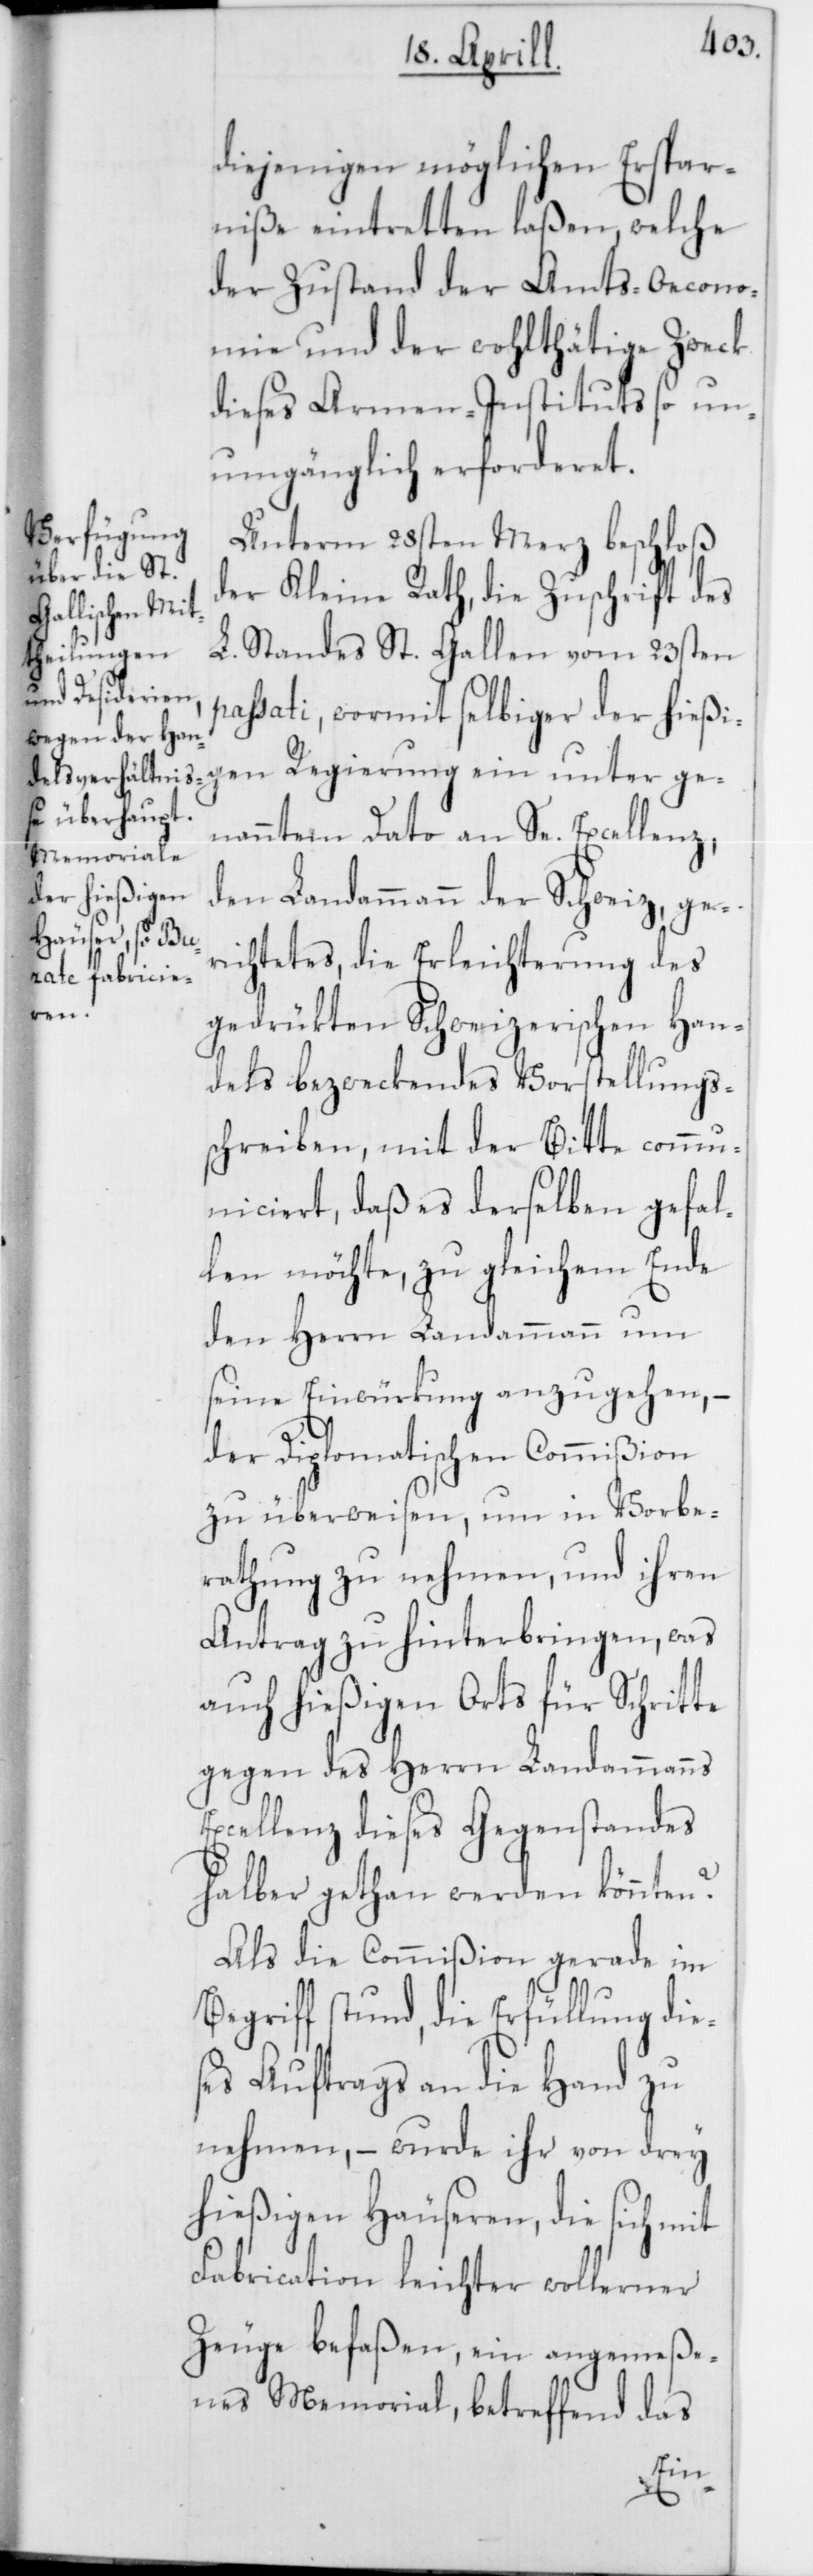
diejenigen möglichen Erspar¬
niße eintretten laßen, welche
der Zustand der Amts-Oecono¬
mie und der wohlthätige Zweck
dieses Armen-Instituts so un¬
umgänglich erforderet.
Unterm 28sten Merz beschloß
der Kleine Rath, die Zuschrift des
L. Standes St. Gallen vom 23sten
passati, wormit selbiger der hießi¬
gen Regierung ein unter ge¬
nanntem Dato an Se. Excellenz,
den Landammann der Schweiz, ge¬
richtetes, die Erleichterung des
gedrükten Schweizerischen Han¬
dels bezweckendes Vorstellungs¬
schreiben, mit der Bitte commu¬
niciert, daß es derselben gefal¬
len möchte, zu gleichem Ende
den Herrn Landammann um
seine Einwürkung anzugehen, –
der Diplomatischen Commißion
zu überweisen, um in Vorbe¬
rathung zu nehmen, und ihren
Antrag zu hinterbringen, was
auch hießigen Orts für Schritte
gegen des Herren Landammanns
Excellenz dieses Gegenstandes
halber gethan werden könnten?
Als die Commißion gerade im
Begriff stund, die Erfüllung dies¬
es Auftrags an die Hand zu
nehmen, – wurde ihr von drey
hießigen Häuseren, die sich mit
Fabrication leichter wollener
Zeuge befaßen, ein angemeße¬
nes Memorial, betreffend das